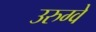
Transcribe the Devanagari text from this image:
उरुग्‍वे